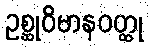
ဥစ္ဆုဝိမာနဝတ္ထု